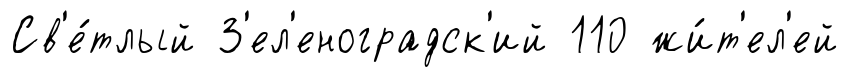
Св'е́тлый З'ел'еноградск'ий 110 жи́т'ел'ей